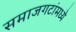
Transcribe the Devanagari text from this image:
समाजगटांमध्ये